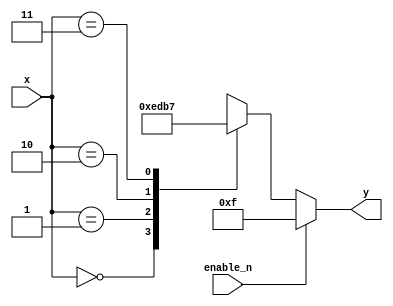
module decoder_2_to_4_active_low (
    input [1:0] x,  // 2-bit input
    input enable_n,  // active low enable signal
    output reg [3:0] y  // 4-bit output
);

always @(*) begin
    if (enable_n)
        y = 4'b1111;  // All outputs are high when enable is active low
    else 
        case (x)
            2'b00: y = 4'b1110;
            2'b01: y = 4'b1101;
            2'b10: y = 4'b1011;
            2'b11: y = 4'b0111;
            default: y = 4'b1111;
        endcase
end

endmodule